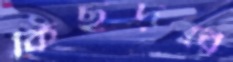
কিছুদূরে